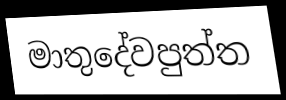
මාතුදේවපුත්ත